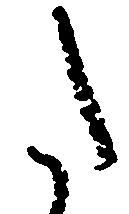
た